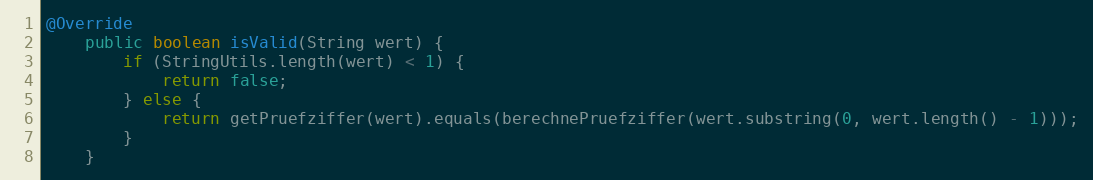
Language: Java
@Override
    public boolean isValid(String wert) {
        if (StringUtils.length(wert) < 1) {
            return false;
        } else {
            return getPruefziffer(wert).equals(berechnePruefziffer(wert.substring(0, wert.length() - 1)));
        }
    }